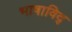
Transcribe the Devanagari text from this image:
भाषाविद्‍